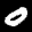
Label: 0